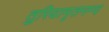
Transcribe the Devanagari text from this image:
तुरियामृतनन्द